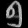
Digit: ၅